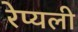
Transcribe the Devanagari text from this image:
रेप्यली